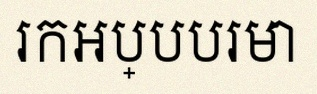
រកអប្បបរមា